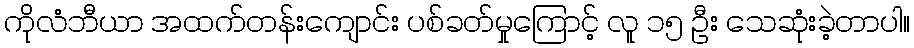
ကိုလံဘီယာ အထက်တန်းကျောင်း ပစ်ခတ်မှုကြောင့် လူ ၁၅ ဦး သေဆုံးခဲ့တာပါ။